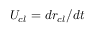
U _ { c l } = d r _ { c l } / d t